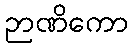
ဉာဏိကော